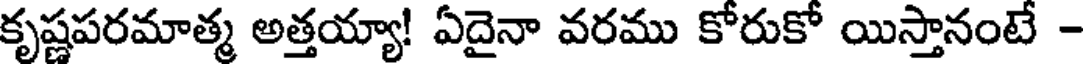
కృష్ణపరమాత్మ అత్తయ్యా! ఏదైనా వరము కోరుకో యిస్తానంటే -